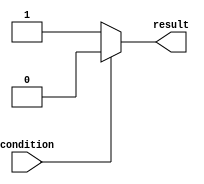
module if_else_statement (
    input wire condition,
    output wire result
);

reg result;

always @* begin
    if (~condition) begin
        result = 1'b1; // Execute this block if condition is false
    end
    else begin
        result = 1'b0; // Execute this block if condition is true
    end
end

endmodule